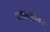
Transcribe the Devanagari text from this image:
भावसृष्टीवर